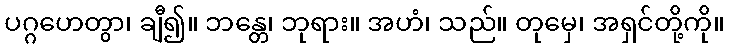
ပဂ္ဂဟေတွာ၊ ချီ၍။ ဘန္တေ၊ ဘုရား။ အဟံ၊ သည်။ တုမှေ၊ အရှင်တို့ကို။